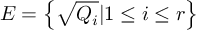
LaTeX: E = \left\{ { \sqrt { Q _ { i } } } | 1 \leq i \leq r \right\}